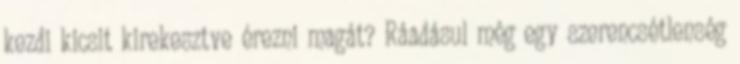
kezdi kicsit kirekesztve érezni magát? Ráadásul még egy szerencsétlenség